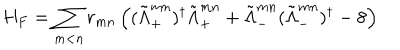
H _ { F } = \sum _ { m < n } r _ { m n } \left( ( \tilde { \Lambda } _ { + } ^ { m n } ) ^ { \dagger } \tilde { \Lambda } _ { + } ^ { m n } + \tilde { \Lambda } _ { - } ^ { m n } ( \tilde { \Lambda } _ { - } ^ { m n } ) ^ { \dagger } - 8 \right)